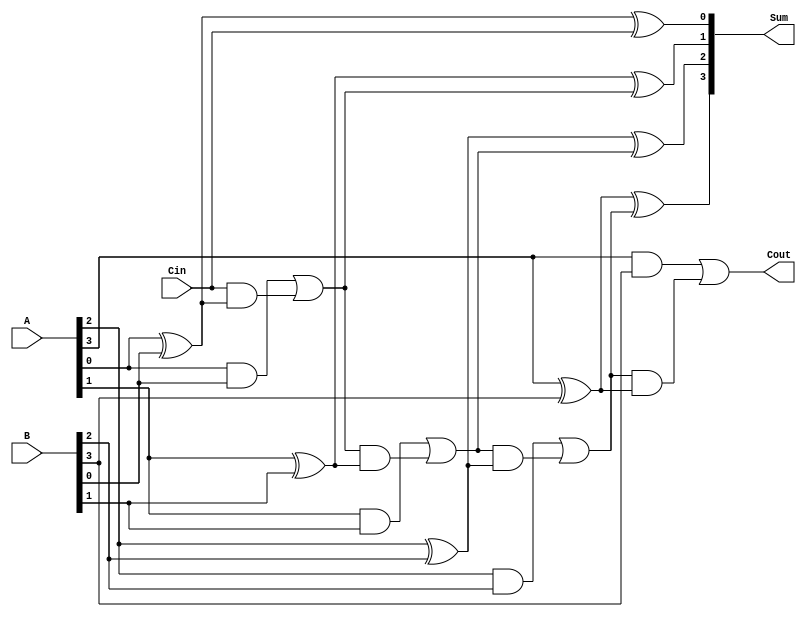
module ParallelFullAdder #(parameter N = 4) (
    input  [N-1:0] A,      // First operand
    input  [N-1:0] B,      // Second operand
    input          Cin,     // Carry input
    output [N-1:0] Sum,     // Sum output
    output         Cout      // Carry output
);

    wire [N:0] carry; // Intermediate carry signals

    // Assign the initial carry input
    assign carry[0] = Cin;

    // Generate the sum and carry outputs for each bit
    genvar i;
    generate
        for (i = 0; i < N; i = i + 1) begin : full_adder
            assign Sum[i] = A[i] ^ B[i] ^ carry[i]; // Sum calculation
            assign carry[i + 1] = (A[i] & B[i]) | (carry[i] & (A[i] ^ B[i])); // Carry calculation
        end
    endgenerate

    // Final carry output
    assign Cout = carry[N];

endmodule